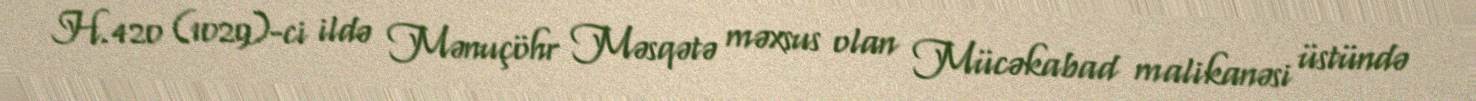
H.420 (1029)-ci ildə Mənuçöhr Məsqətə məxsus olan Mücəkabad malikanəsi üstündə